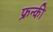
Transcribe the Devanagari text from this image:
फ्रन्की